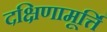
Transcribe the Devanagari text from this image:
दक्षिणामूर्त्ति